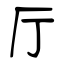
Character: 厅